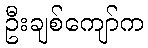
ဦးချစ်ကျော်က